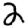
Digit: 2